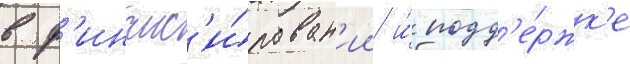
в ф'инанс'и́рован'ии и́ подд'е́ржк'е